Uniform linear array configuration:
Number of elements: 64
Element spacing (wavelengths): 0.25
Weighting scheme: kaiser
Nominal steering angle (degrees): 30
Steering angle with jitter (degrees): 29.362
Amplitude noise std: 0.05
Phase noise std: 0.05

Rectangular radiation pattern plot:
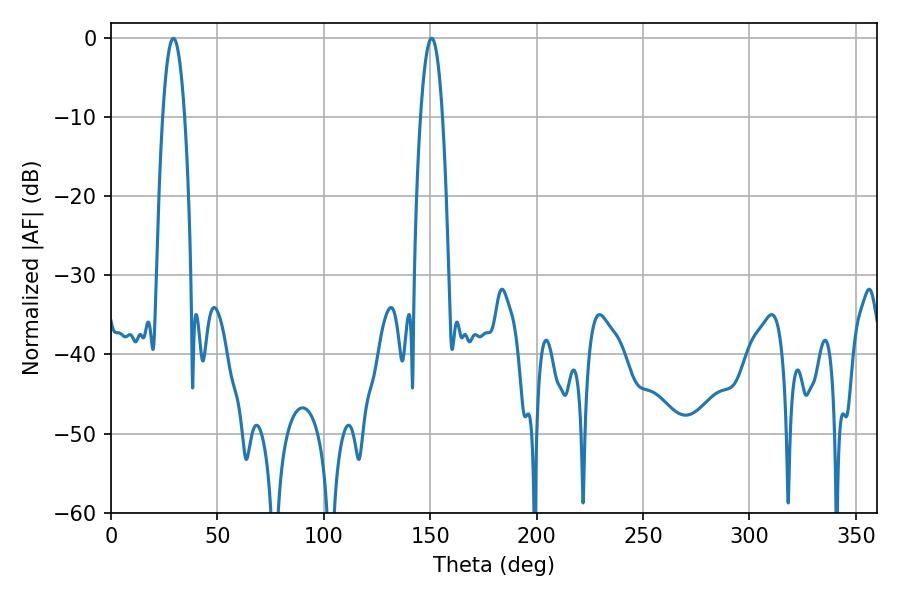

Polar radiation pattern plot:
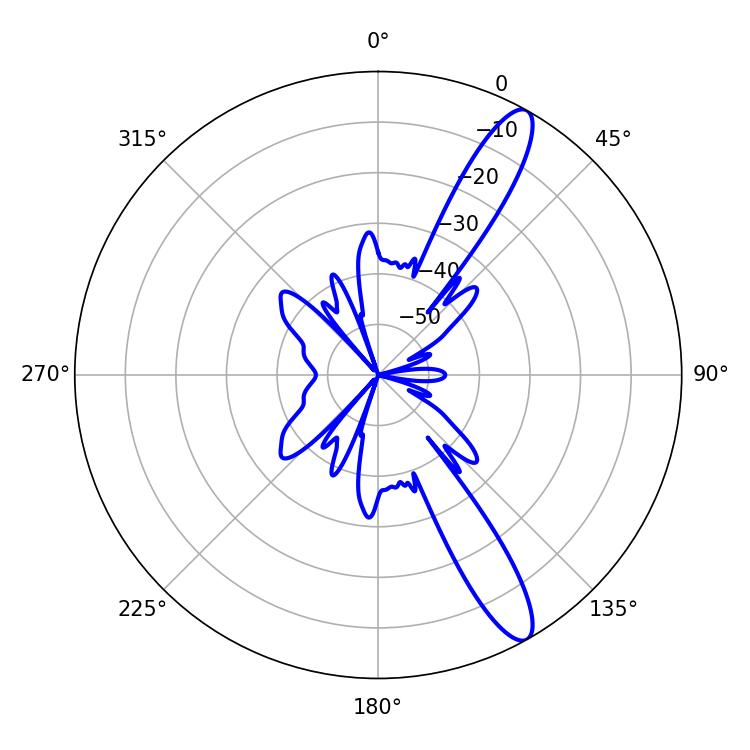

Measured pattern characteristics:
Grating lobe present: FALSE
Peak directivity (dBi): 12.796
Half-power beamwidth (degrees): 5.76
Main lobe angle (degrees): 29.34